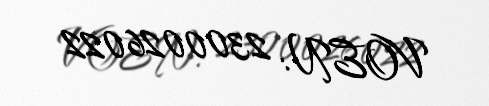
VOEN: 2300026022